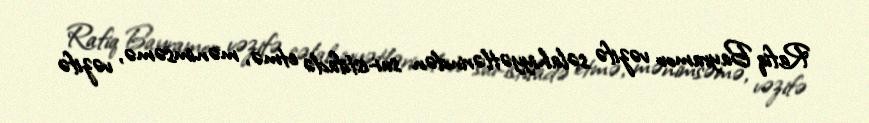
Rafiq Bayramov vəzifə səlahiyyətlərindən sui-istifadə etmə, mənimsəmə, vəzifə